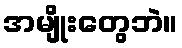
အမျိုးတွေဘဲ။